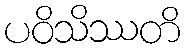
ပဝိသိဿတိ